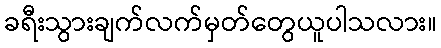
ခရီးသွားချက်လက်မှတ်တွေယူပါသလား။